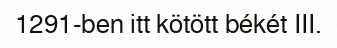
1291-ben itt kötött békét III.